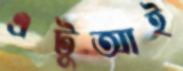
এটুআই